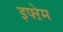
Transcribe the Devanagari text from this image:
इफ्ऱेम